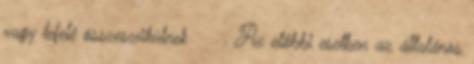
vagy lefelé összeszűkülnek. Az előbbi esetben az általános